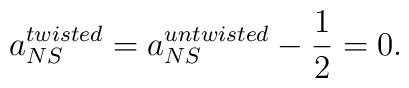
a_{NS}^{twisted} = a_{NS}^{untwisted} - \frac{1}{2} = 0.